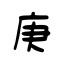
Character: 庚